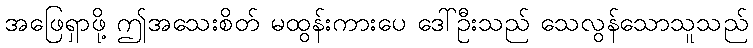
အဖြေရှာဖို့ ဤအသေးစိတ် မထွန်းကားပေ ဒေါ်ဦးသည် သေလွန်သောသူသည်